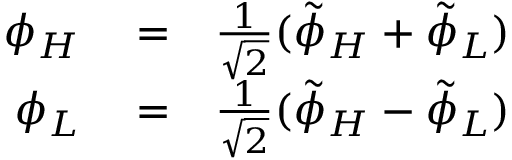
\begin{array} { r l r } { \phi _ { H } } & { { } = } & { \frac { 1 } { \sqrt 2 } ( \tilde { \phi } _ { H } + \tilde { \phi } _ { L } ) } \\ { \phi _ { L } } & { { } = } & { \frac { 1 } { \sqrt 2 } ( \tilde { \phi } _ { H } - \tilde { \phi } _ { L } ) } \end{array}